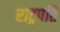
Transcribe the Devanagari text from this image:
राट्रपति